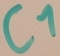
Text: C1